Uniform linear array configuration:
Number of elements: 48
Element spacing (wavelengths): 1
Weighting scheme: blackman
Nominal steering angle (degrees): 60
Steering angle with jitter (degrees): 61.401
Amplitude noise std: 0.05
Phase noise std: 0.05

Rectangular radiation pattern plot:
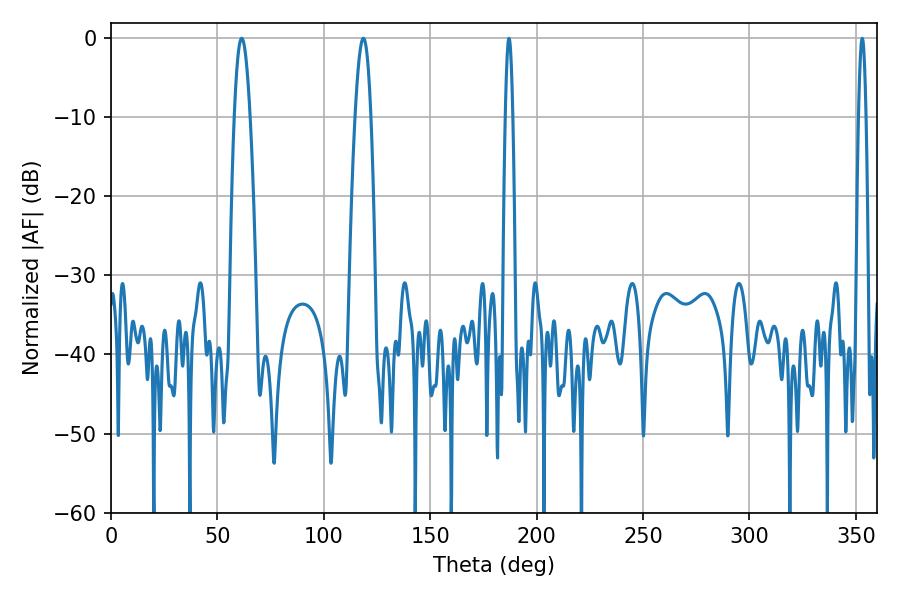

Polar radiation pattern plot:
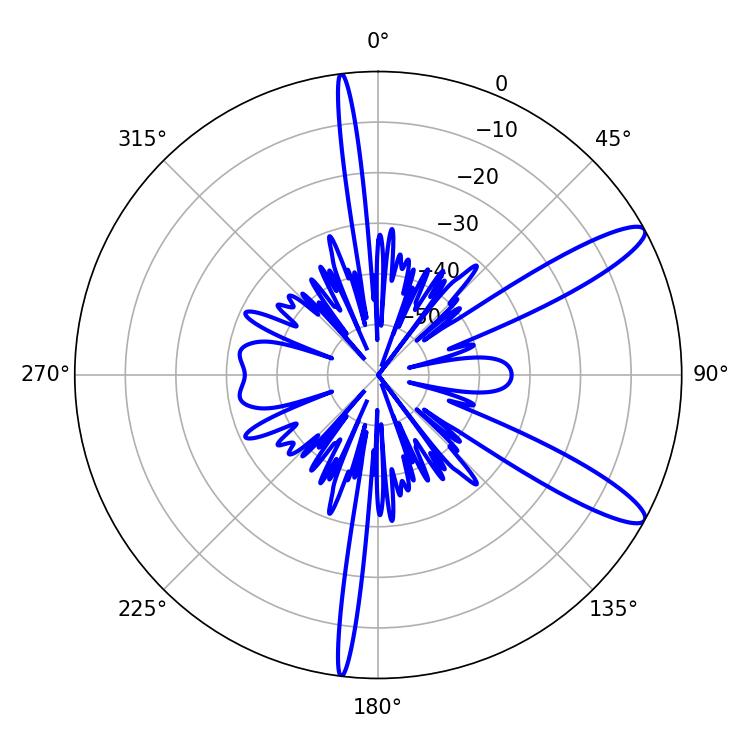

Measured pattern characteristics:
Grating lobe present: TRUE
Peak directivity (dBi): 11.987
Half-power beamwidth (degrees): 4.14
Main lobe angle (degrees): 61.38